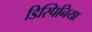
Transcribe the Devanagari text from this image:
डिस्पिनिया